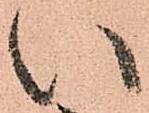
い